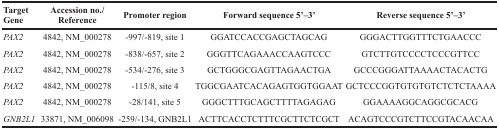
<table><thead><tr><td><b>Target Gene</b></td><td><b>Accession no./Reference</b></td><td><b>Promoter region</b></td><td><b>Forward sequence 5’–3’</b></td><td><b>Reverse sequence 5’–3’</b></td></tr></thead><tbody><tr><td><i>PAX2</i></td><td>4842, NM_000278</td><td>-997/-819, site 1</td><td>GGATCCACCGAGCTAGCAG</td><td>GGGACTTGGTTTCTGAACCC</td></tr><tr><td><i>PAX2</i></td><td>4842, NM_000278</td><td>-838/-657, site 2</td><td>GGGTTCAGAAACCAAGTCCC</td><td>GTCTTGTCCCCTCCCGTTCC</td></tr><tr><td><i>PAX2</i></td><td>4842, NM_000278</td><td>-534/-276, site 3</td><td>GCTGGGCGAGTTAGAACTGA</td><td>GCCCGGGATTAAAACTACACTG</td></tr><tr><td><i>PAX2</i></td><td>4842, NM_000278</td><td>-115/8, site 4</td><td>TGGCGAATCACAGAGTGGTGGAAT</td><td>GCTCCCGGTGTGTGTCTCTCTAAAA</td></tr><tr><td><i>PAX2</i></td><td>4842, NM_000278</td><td>-28/141, site 5</td><td>GGGCTTTGCAGCTTTTAGAGAG</td><td>GGAAAAGGCAGGCGCACG</td></tr><tr><td><i>GNB2L1</i></td><td>33871, NM_006098</td><td>-259/-134, GNB2L1</td><td>ACTTCACCTCTTTCGCTTCTCGCT</td><td>ACAGTCCCGTCTTCCGTACAACAA</td></tr></tbody></table>